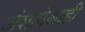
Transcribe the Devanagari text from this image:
अंशापेक्षाही